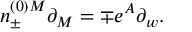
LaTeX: n _ { \pm } ^ { ( 0 ) M } \partial _ { M } = \mp e ^ { A } \partial _ { w } .